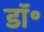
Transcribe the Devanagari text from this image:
डाॅ॰